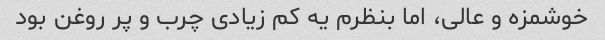
خوشمزه و عالی، اما بنظرم یه کم زیادی چرب و پر روغن بود